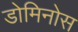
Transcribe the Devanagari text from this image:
डोमिनोस